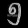
Digit: ၅